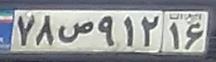
۷۸ص۹۱۲۱۶